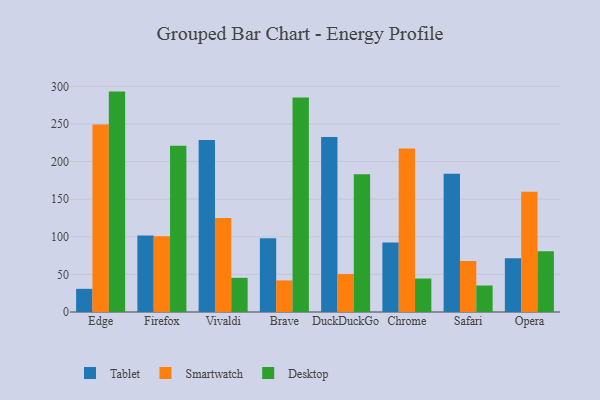
{"axis": {"x": "Browser", "y": "Gross Profit (USD K)"}, "legend": ["Desktop", "Smartwatch", "Tablet"], "data": [{"x": "Edge", "y": 30.8, "type": "Tablet"}, {"x": "Edge", "y": 249.1, "type": "Smartwatch"}, {"x": "Edge", "y": 293.0, "type": "Desktop"}, {"x": "Firefox", "y": 101.7, "type": "Tablet"}, {"x": "Firefox", "y": 100.8, "type": "Smartwatch"}, {"x": "Firefox", "y": 221.1, "type": "Desktop"}, {"x": "Vivaldi", "y": 228.5, "type": "Tablet"}, {"x": "Vivaldi", "y": 125.0, "type": "Smartwatch"}, {"x": "Vivaldi", "y": 45.4, "type": "Desktop"}, {"x": "Brave", "y": 97.9, "type": "Tablet"}, {"x": "Brave", "y": 42.0, "type": "Smartwatch"}, {"x": "Brave", "y": 285.2, "type": "Desktop"}, {"x": "DuckDuckGo", "y": 232.7, "type": "Tablet"}, {"x": "DuckDuckGo", "y": 50.4, "type": "Smartwatch"}, {"x": "DuckDuckGo", "y": 183.2, "type": "Desktop"}, {"x": "Chrome", "y": 92.3, "type": "Tablet"}, {"x": "Chrome", "y": 217.4, "type": "Smartwatch"}, {"x": "Chrome", "y": 44.5, "type": "Desktop"}, {"x": "Safari", "y": 183.7, "type": "Tablet"}, {"x": "Safari", "y": 67.9, "type": "Smartwatch"}, {"x": "Safari", "y": 35.2, "type": "Desktop"}, {"x": "Opera", "y": 71.6, "type": "Tablet"}, {"x": "Opera", "y": 159.8, "type": "Smartwatch"}, {"x": "Opera", "y": 80.6, "type": "Desktop"}]}